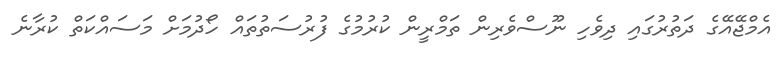
އެމްޖޭއޭގެ ދަތުރުގައި ދިވެހި ނޫސްވެރިން ތަމްރީން ކުރުމުގެ ފުރުސަތުތައް ހޯދުމަށް މަސައްކަތް ކުރާނެ